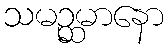
သမဉ္ဆမာနော